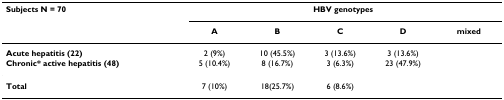
<table><thead><tr><td><b>Subjects N = 70</b></td><td colspan="5"><b>HBV genotypes</b></td></tr><tr><td>[EMPTY_CELL]</td><td><b>A</b></td><td><b>B</b></td><td><b>C</b></td><td><b>D</b></td><td><b>mixed</b></td></tr></thead><tbody><tr><td><b>Acute hepatitis (22)</b></td><td>2 (9%)</td><td>10 (45.5%)</td><td>3 (13.6%)</td><td>3 (13.6%)</td><td>[EMPTY_CELL]</td></tr><tr><td><b>Chronic* active hepatitis (48)</b></td><td>5 (10.4%)</td><td>8 (16.7%)</td><td>3 (6.3%)</td><td>23 (47.9%)</td><td>[EMPTY_CELL]</td></tr><tr><td><b>Total</b></td><td>7 (10%)</td><td>18(25.7%)</td><td>6 (8.6%)</td><td>[EMPTY_CELL]</td><td>[EMPTY_CELL]</td></tr></tbody></table>